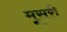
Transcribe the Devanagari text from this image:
मूसरी